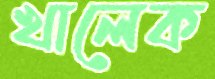
খালেক